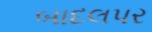
બાદલપર